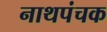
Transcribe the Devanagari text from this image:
नाथपंचक